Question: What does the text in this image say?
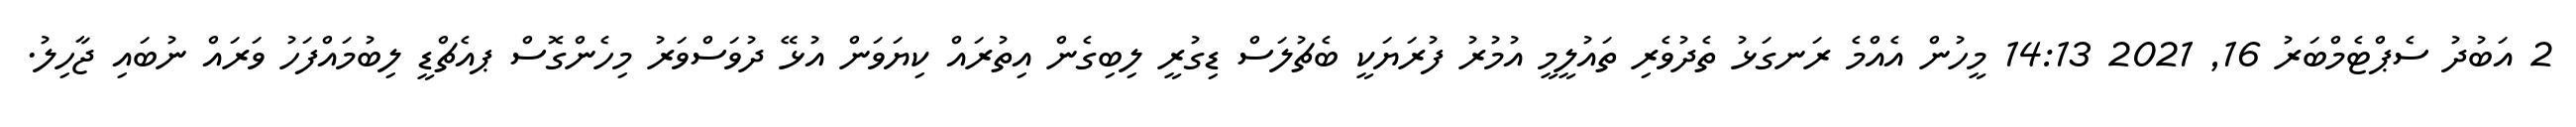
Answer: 2 އަބުދު ސެޕްޓެމްބަރު 16, 2021 14:13 މީހުން އެއްމެ ރަނގަޅު ތެދުވެރި ތައުލީމީ އުމުރު ފުރަޔަކީ ބެޗުލަސް ޑިގުރީ ލިބިގެން އިތުރައް ކިޔަވަން އުޅޭ ދުވަސްވަރު މިހެންގޮސް ޕއެޗްޑީ ލިބުމައްފަހު ވަރައް ނުބައި ޖާހިލު.